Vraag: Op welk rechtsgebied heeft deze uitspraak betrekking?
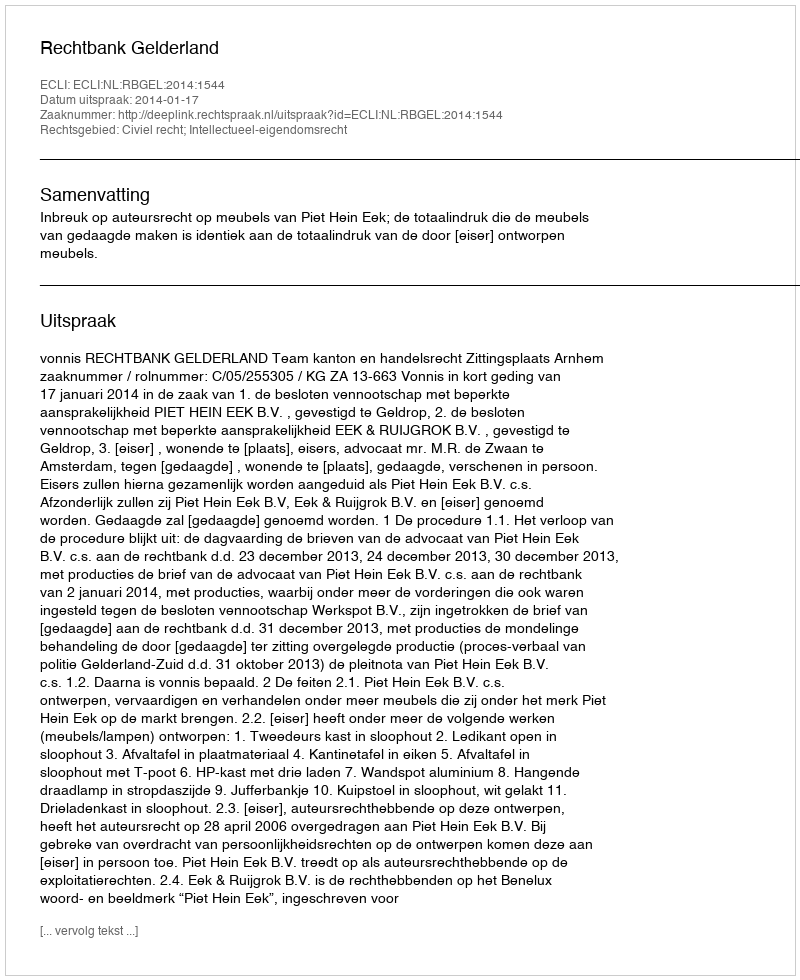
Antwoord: Civiel recht; Intellectueel-eigendomsrecht